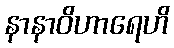
နာနာဝိဟာရေဟိ